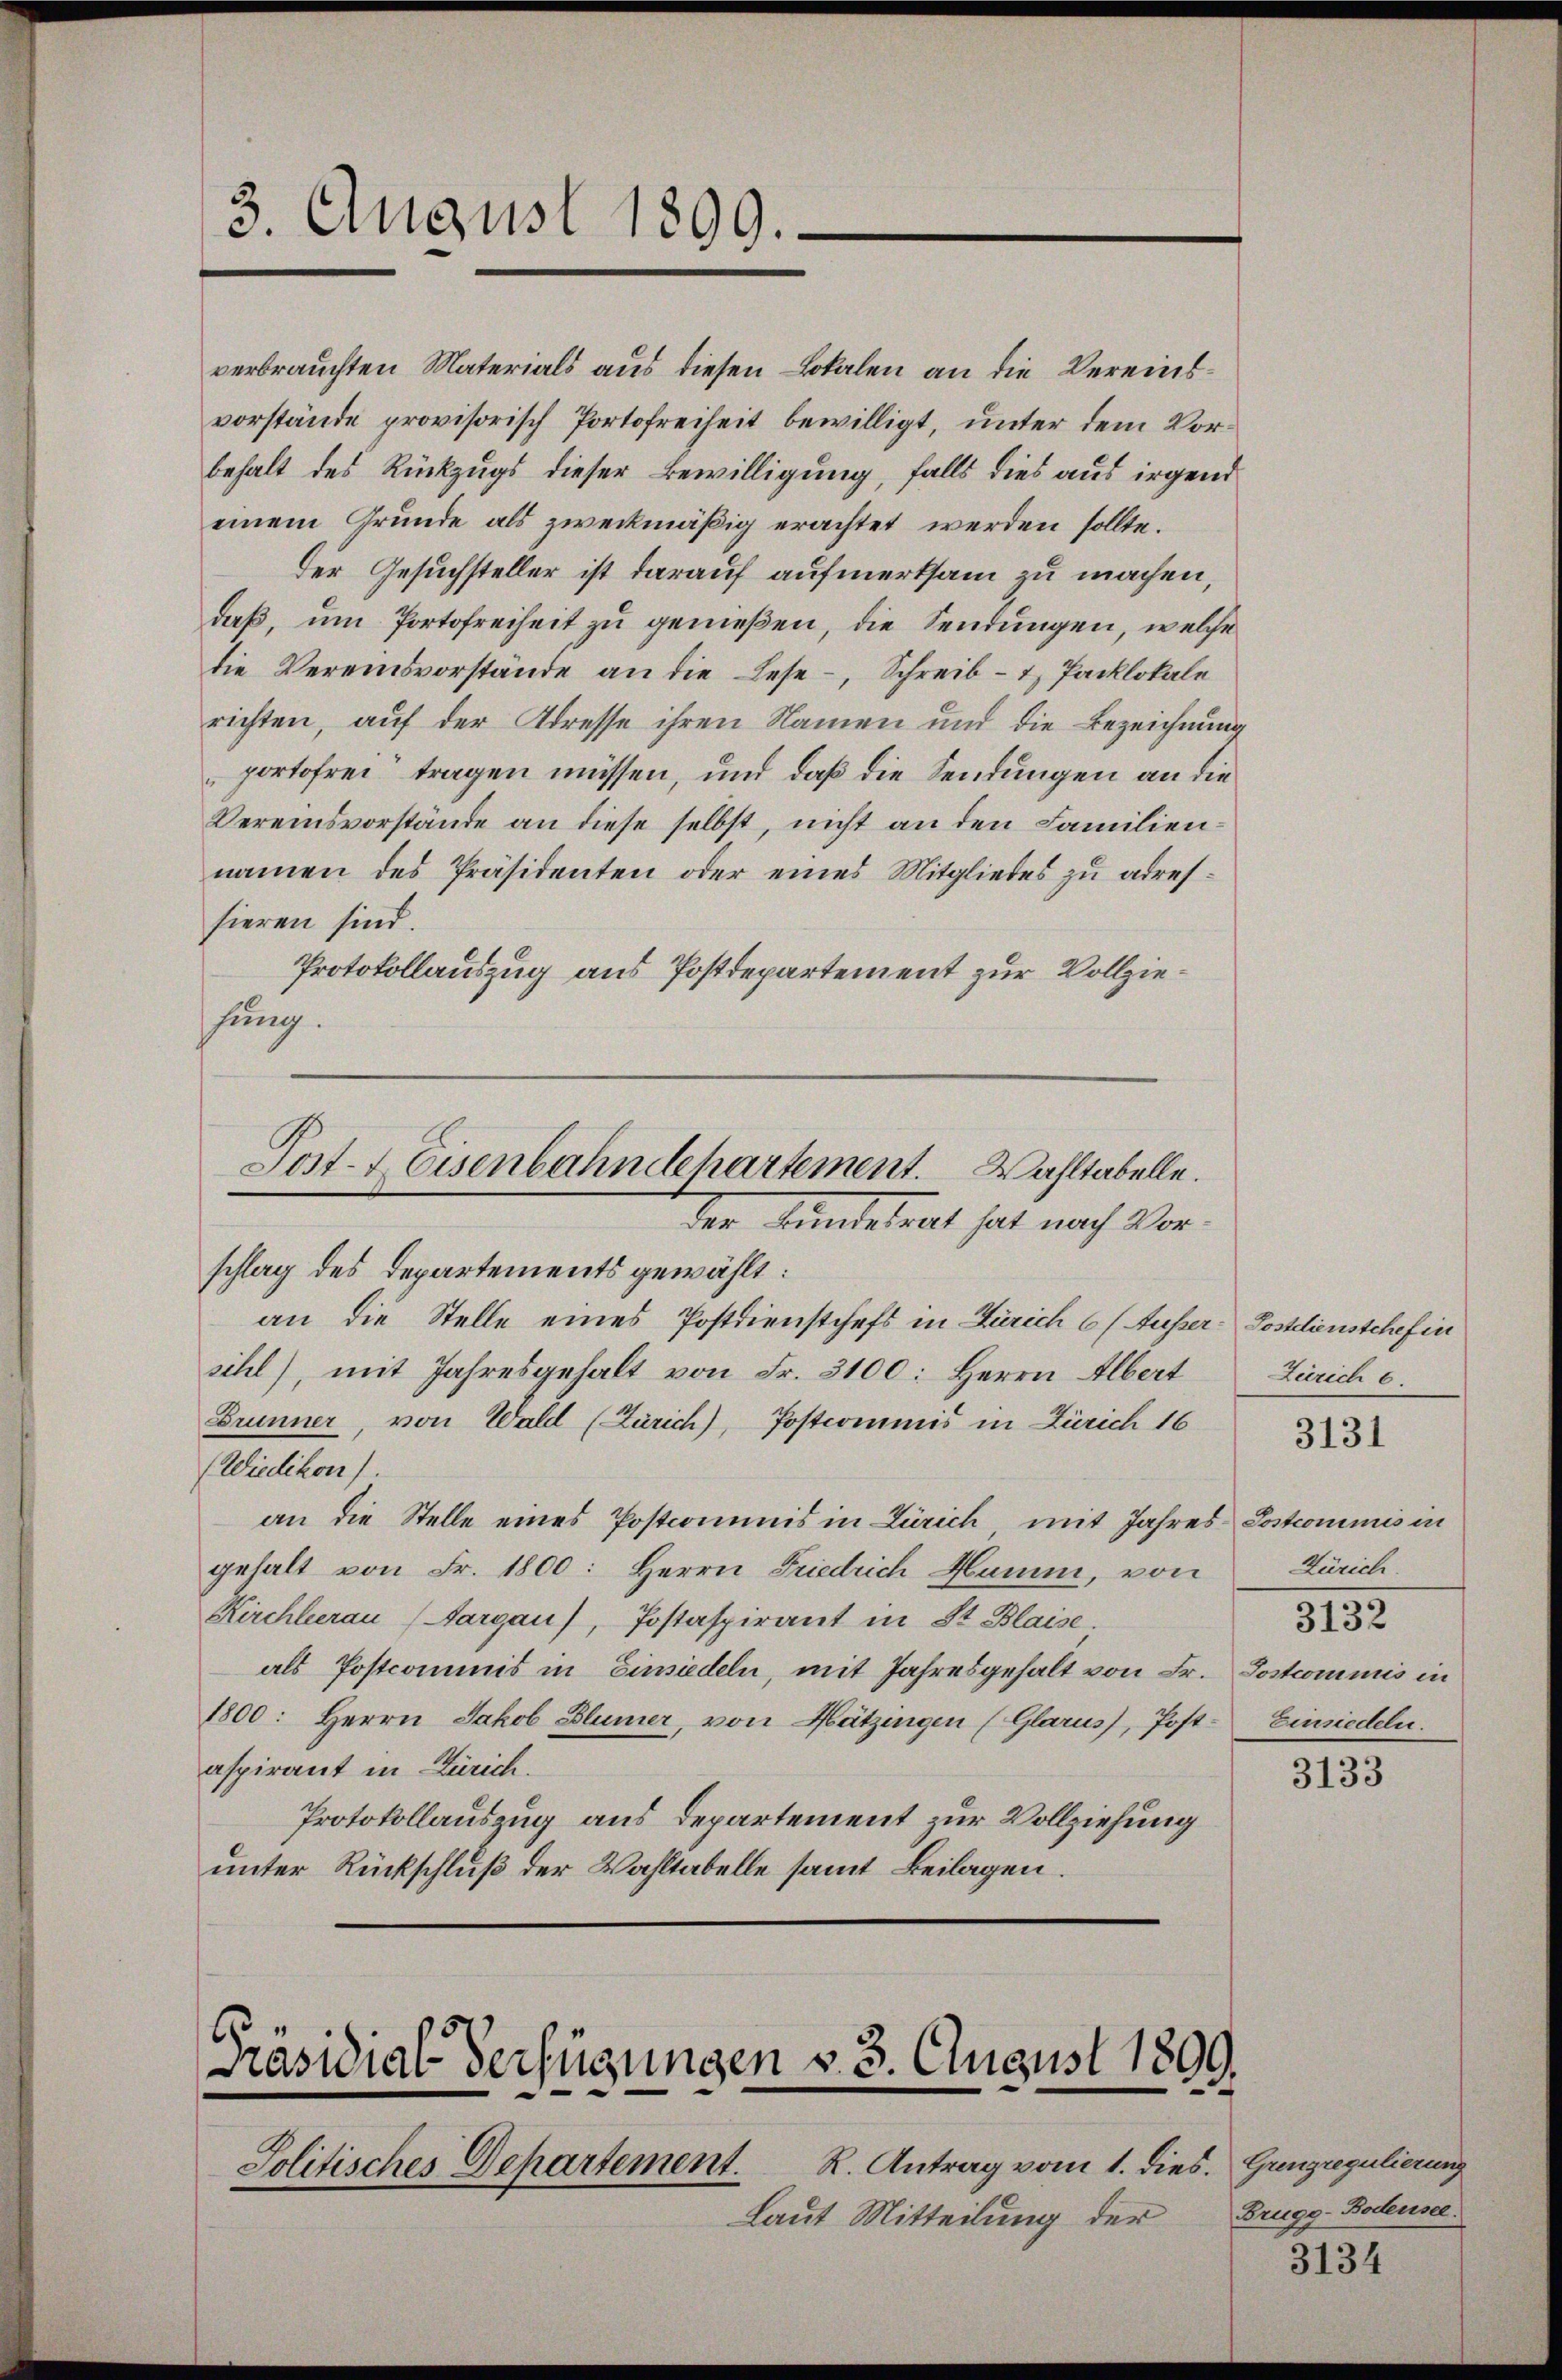
3. August 1899.

verbrauchten Materials aus diesen Lokalen an die Vereinsvorstände provisorisch Portofreiheit bewilligt, unter dem Vorbehalt des Rückzugs dieser Bewilligung, falls dies aus irgend
einem Grunde als zweckmäßig erachtet werden sollte.
Der Gesuchsteller ist darauf aufmerksam zu machen,
daß, um Portofreiheit zu genießen, die Sendungen, welche
die Vereinsvorstände an die Lese-, Schreib- & Packlokale
richten, auf der Adresse ihren Namen und die Bezeichnung
portofrei tragen müssen, und daß die Sendungen an die
Vereinsvorstände an diese selbst, nicht an den Familiennamen des Präsidenten oder eines Mitgliedes zu adressieren sind.
Protokollauszug aus Postdepartement zur Vollziesung.
Post-Eisenbahndehartement. Wahltabelle.
der Kundesrat hat nach Vor-
schlag des Departements gewählt:
an die Stelle eines Postdienstchefs in Zürich 6 (Ausser-Postdienstchef in
sihl), mit Jahresgehalt von Fr. 3100: Herrn Albert
Brunner, von Wald (Zürich), Postcommis in Zürich 16
(Wiedikon).
an die Stelle eines Postcommnis in Zürich mit Jahres Postcommis in
gehalt von Fr. 1800: Herrn Friedrich Hamm, von
Kirchlerau (Aargau), Jostaspirant in St. Blaise.
als Postcommis in Einsiedeln, mit Jahresgehalt von Fr. Postcommis in
1800. Herrn Jakob Blümer, von Hützingen (Glarus, Post- Einsiedeln.
aspirant in Zürich.
Protokollauszug aus Departement zur Vollziehung
unter Rückschluß der Wahltabelle samt Beilagen.

Präsidial-Verfügungen v. 3. August 1899.

R. Antrag vom 1. dies. Grenzregulierung
Jolitisches Departement.
Laut Mitteilung der Brugg-Bodensel

Zürich 6
Zürich.
3132

3131

3133

3134